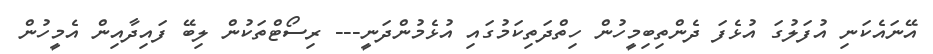
އޭނައެކަނި އުފަލުގަ އުޅެފަ ދެންތިބިމީހުން ހިތްދަތިކަމުގައި އުޅެމުންދަނީ--- ރިސޯޓްތަކުން ލިބޭ ފައިދާއިން އެމީހުން